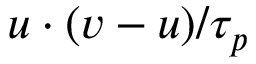
\boldsymbol { u } \cdot ( \boldsymbol { v } - \boldsymbol { u } ) / \tau _ { p }